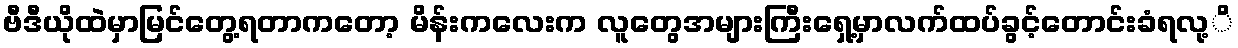
ဗီဒီယိုထဲမှာမြင်တွေ့ရတာကတော့ မိန်းကလေးက လူတွေအများကြီးရှေ့မှာလက်ထပ်ခွင့်တောင်းခံရလု့ိ